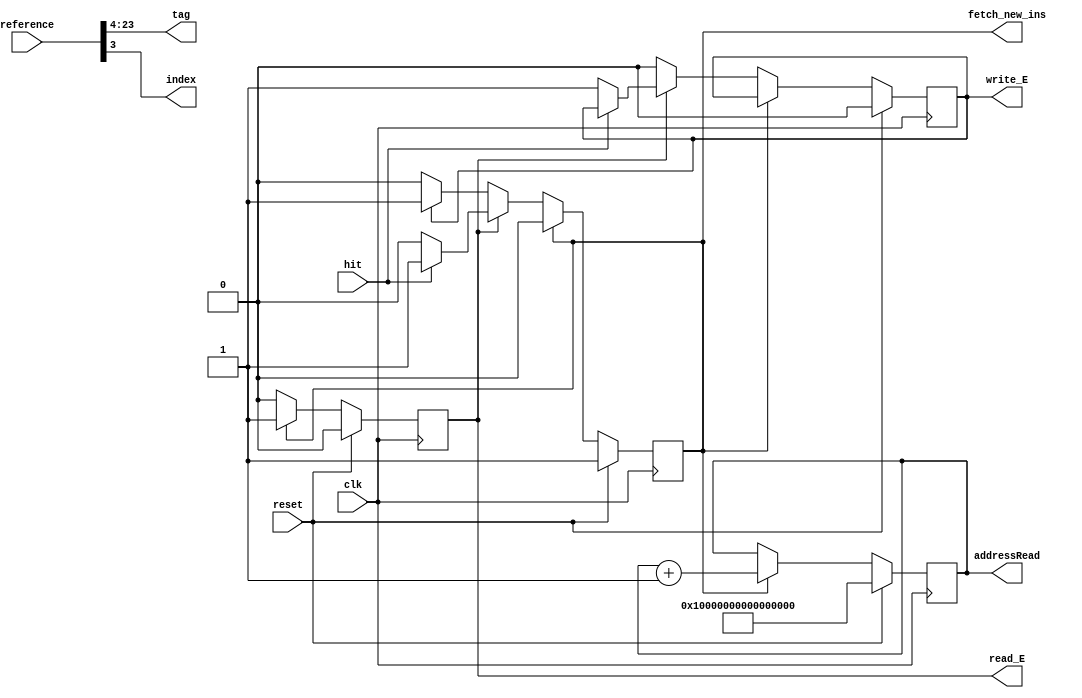
`timescale 1ns / 1ps

module CacheControl
    (
    input clk,
    input reset,
    input [23:0] reference,
    input  hit,
    output [19:0] tag,
    output reg [63:0] addressRead,
    output index,
    output reg write_E,
    output reg read_E,
    output reg fetch_new_ins
    );
    
    reg [63:0] hits;
    reg [63:0] misses;
    reg [63:0] references_count;
    
    wire [2:0] offset;
    
    assign tag = reference[23:4]; 
    assign index = reference[3]; 
    assign offset = reference[2:0]; 
    
    always @(posedge clk)
    begin
    //Drive addressRead
    //Output:
        //addressRead
        if (reset)
        begin
            addressRead <= -1;
        end
        else
        begin
            if (fetch_new_ins)
            begin
                addressRead <= addressRead + 1;
            end
        end
    end
    
    always @(posedge clk)
    begin
    //Output: 
        //fetch_new_ins
        if (reset)
        begin
            fetch_new_ins <= 1;
            read_E <= 0;
            write_E <= 0;
            hits <= 0;
            misses <= 0;
            references_count <= 0;
        end
        else
        begin
            if (fetch_new_ins) 
            begin
                references_count <= references_count + 1;
                fetch_new_ins <= 0;
                read_E <= 1;
            end
            else if (read_E)
            begin
                if (hit == 0)
                begin //MISS
                    write_E <= 1;
                    misses <= misses + 1;
                    read_E <= 0;
                end
                else if (hit  == 1)
                begin //HIT
                    hits <= hits + 1;
                    fetch_new_ins <= 1;
                    read_E <= 0;
                end
            end
            else if (write_E)
            begin
                write_E <= 0;
                fetch_new_ins <= 1;
            end
            
        end
    end
    
    
endmodule